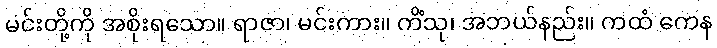
မင်းတို့ကို အစိုးရသော။ ရာဇာ၊ မင်းကား။ ကိံသု၊ အဘယ်နည်း။ ကထံ ကေန